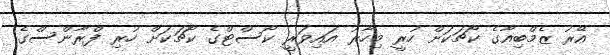
އޭރު ޒެމްބިއާގެ ކޯޗަކަށް ހުރީ މިހާރު އައިވަރީ ކޯސްޓްގެ ކޯޗަކަށް ހުރި ފްރާންސްގެ